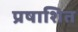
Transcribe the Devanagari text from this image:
प्रषाशित